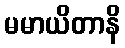
မမာယိတာနိ